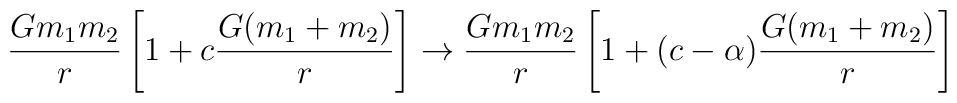
\frac{Gm_1m_2}{r} \left[1+c\frac{G(m_1+m_2)}{r}  \right]\rightarrow\frac{Gm_1m_2}{r} \left[1+(c-\alpha)\frac{G(m_1+m_2)}{r} \right]